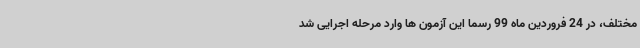
مختلف، در 24 فروردین ماه 99 رسما این آزمون ها وارد مرحله اجرایی شد